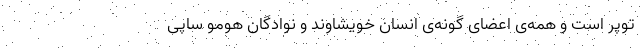
توپُر است و همه‌ی اعضای گونه‌ی انسان خویشاوند و نوادگان هومو ساپی